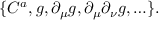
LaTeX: \{ C ^ { a } , g , \partial _ { \mu } g , \partial _ { \mu } \partial _ { \nu } g , \ldots \} .